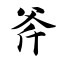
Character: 斧